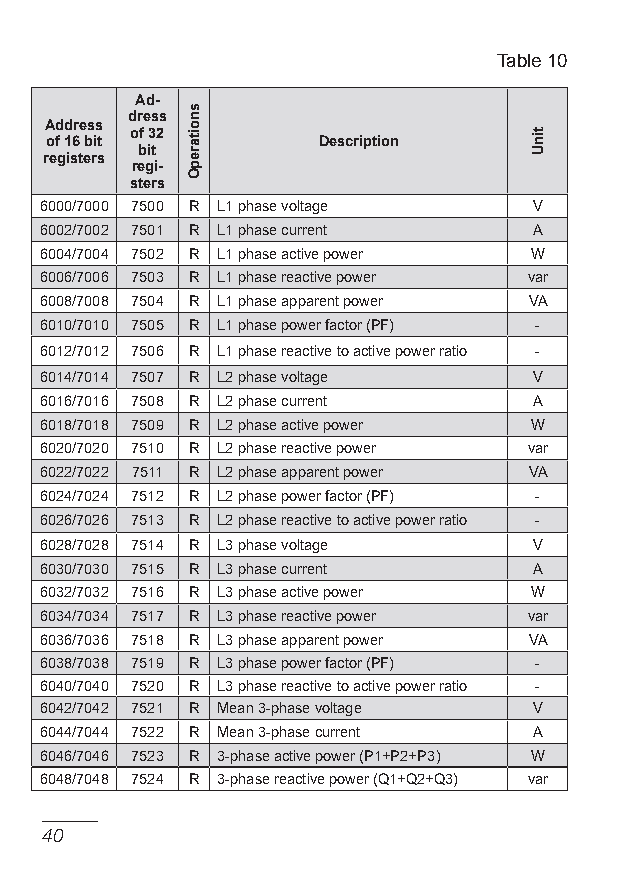
Table 10
 Ad-
 dress
 Address
 of 32
 of 16 bit         Description
 bit
 registers
 regi-
 sters
 6000/7000 7500 R L1 phase voltage V
 6002/7002 7501 R L1 phase current A
 6004/7004 7502 R L1 phase active power W
 6006/7006 7503 R L1 phase reactive power var
 6008/7008 7504 R L1 phase apparent power VA
 6010/7010 7505 R L1 phase power factor (Pf) -
 6012/7012 7506 R L1 phase reactive to active power ratio -
 6014/7014 7507 R L2 phase voltage V
 6016/7016 7508 R L2 phase current A
 6018/7018 7509 R L2 phase active power W
 6020/7020 7510 R L2 phase reactive power var
 6022/7022 7511 R L2 phase apparent power VA
 6024/7024 7512 R L2 phase power factor (Pf) -
 6026/7026 7513 R L2 phase reactive to active power ratio -
 6028/7028 7514 R L3 phase voltage V
 6030/7030 7515 R L3 phase current A
 6032/7032 7516 R L3 phase active power W
 6034/7034 7517 R L3 phase reactive power var
 6036/7036 7518 R L3 phase apparent power VA
 6038/7038 7519 R L3 phase power factor (Pf) -
 6040/7040 7520 R L3 phase reactive to active power ratio -
 6042/7042 7521 R Mean 3-phase voltage V
 6044/7044 7522 R Mean 3-phase current A
 6046/7046 7523 R 3-phase active power (P1+P2+P3) W
 6048/7048 7524 R 3-phase reactive power (q1+q2+q3) var
 0
 snoitarepO
 tinU